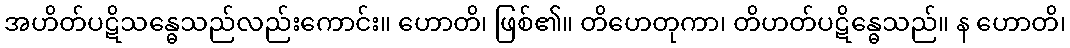
အဟိတ်ပဋိသန္ဓေသည်လည်းကောင်း။ ဟောတိ၊ ဖြစ်၏။ တိဟေတုကာ၊ တိဟတ်ပဋိန္ဓေသည်။ န ဟောတိ၊